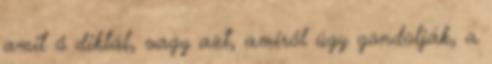
amit ő diktál, vagy azt, amiről úgy gondolják, a